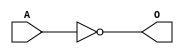
module MACINVC(A, O);
input   A;
output  O;
not g0(O, A);
endmodule